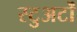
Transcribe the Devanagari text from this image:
स्टुअर्टों